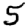
Digit: 5